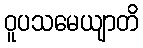
ဝူပသမေယျာတိ